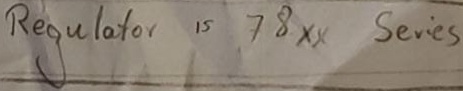
Text: Regulator is 78xx Series